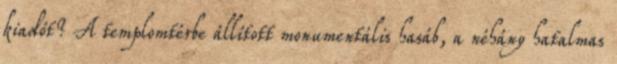
kiadót? A templomtérbe állított monumentális hasáb, a néhány hatalmas